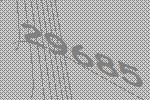
29685